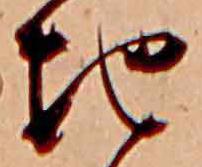
地